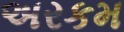
અરકમ